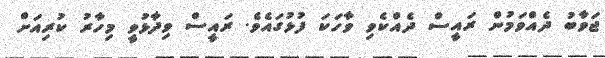
ޖަވާބު ދެއްވަމުން ރައީސް ދެއްކެވި ވާހަކަ ފުޅުގައެވެ. ރައީސް ވިދާޅުވީ މިހާރު ކުރިއަށް